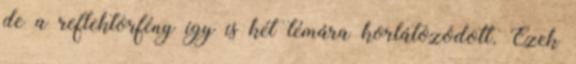
de a reflektorfény így is két témára korlátozódott. Ezek